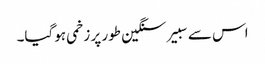
اس سے سبیر سنگین طور پر زخمی ہوگیا۔